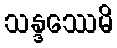
သန္ဒဿေမိ